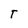
Character: T